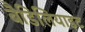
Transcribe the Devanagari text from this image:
बैडिलियाइट